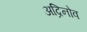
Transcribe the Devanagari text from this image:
अद्रिनोव